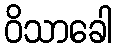
ဝိသာခေါ